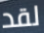
لقد